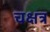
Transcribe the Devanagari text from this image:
चक्षत्र